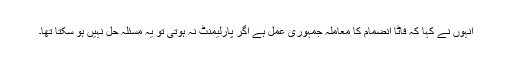
انہوں نے کہا کہ فاٹا انضمام کا معاملہ جمہوری عمل ہے اگر پارلیمنٹ نہ ہوتی تو یہ مسئلہ حل نہیں ہو سکتا تھا۔